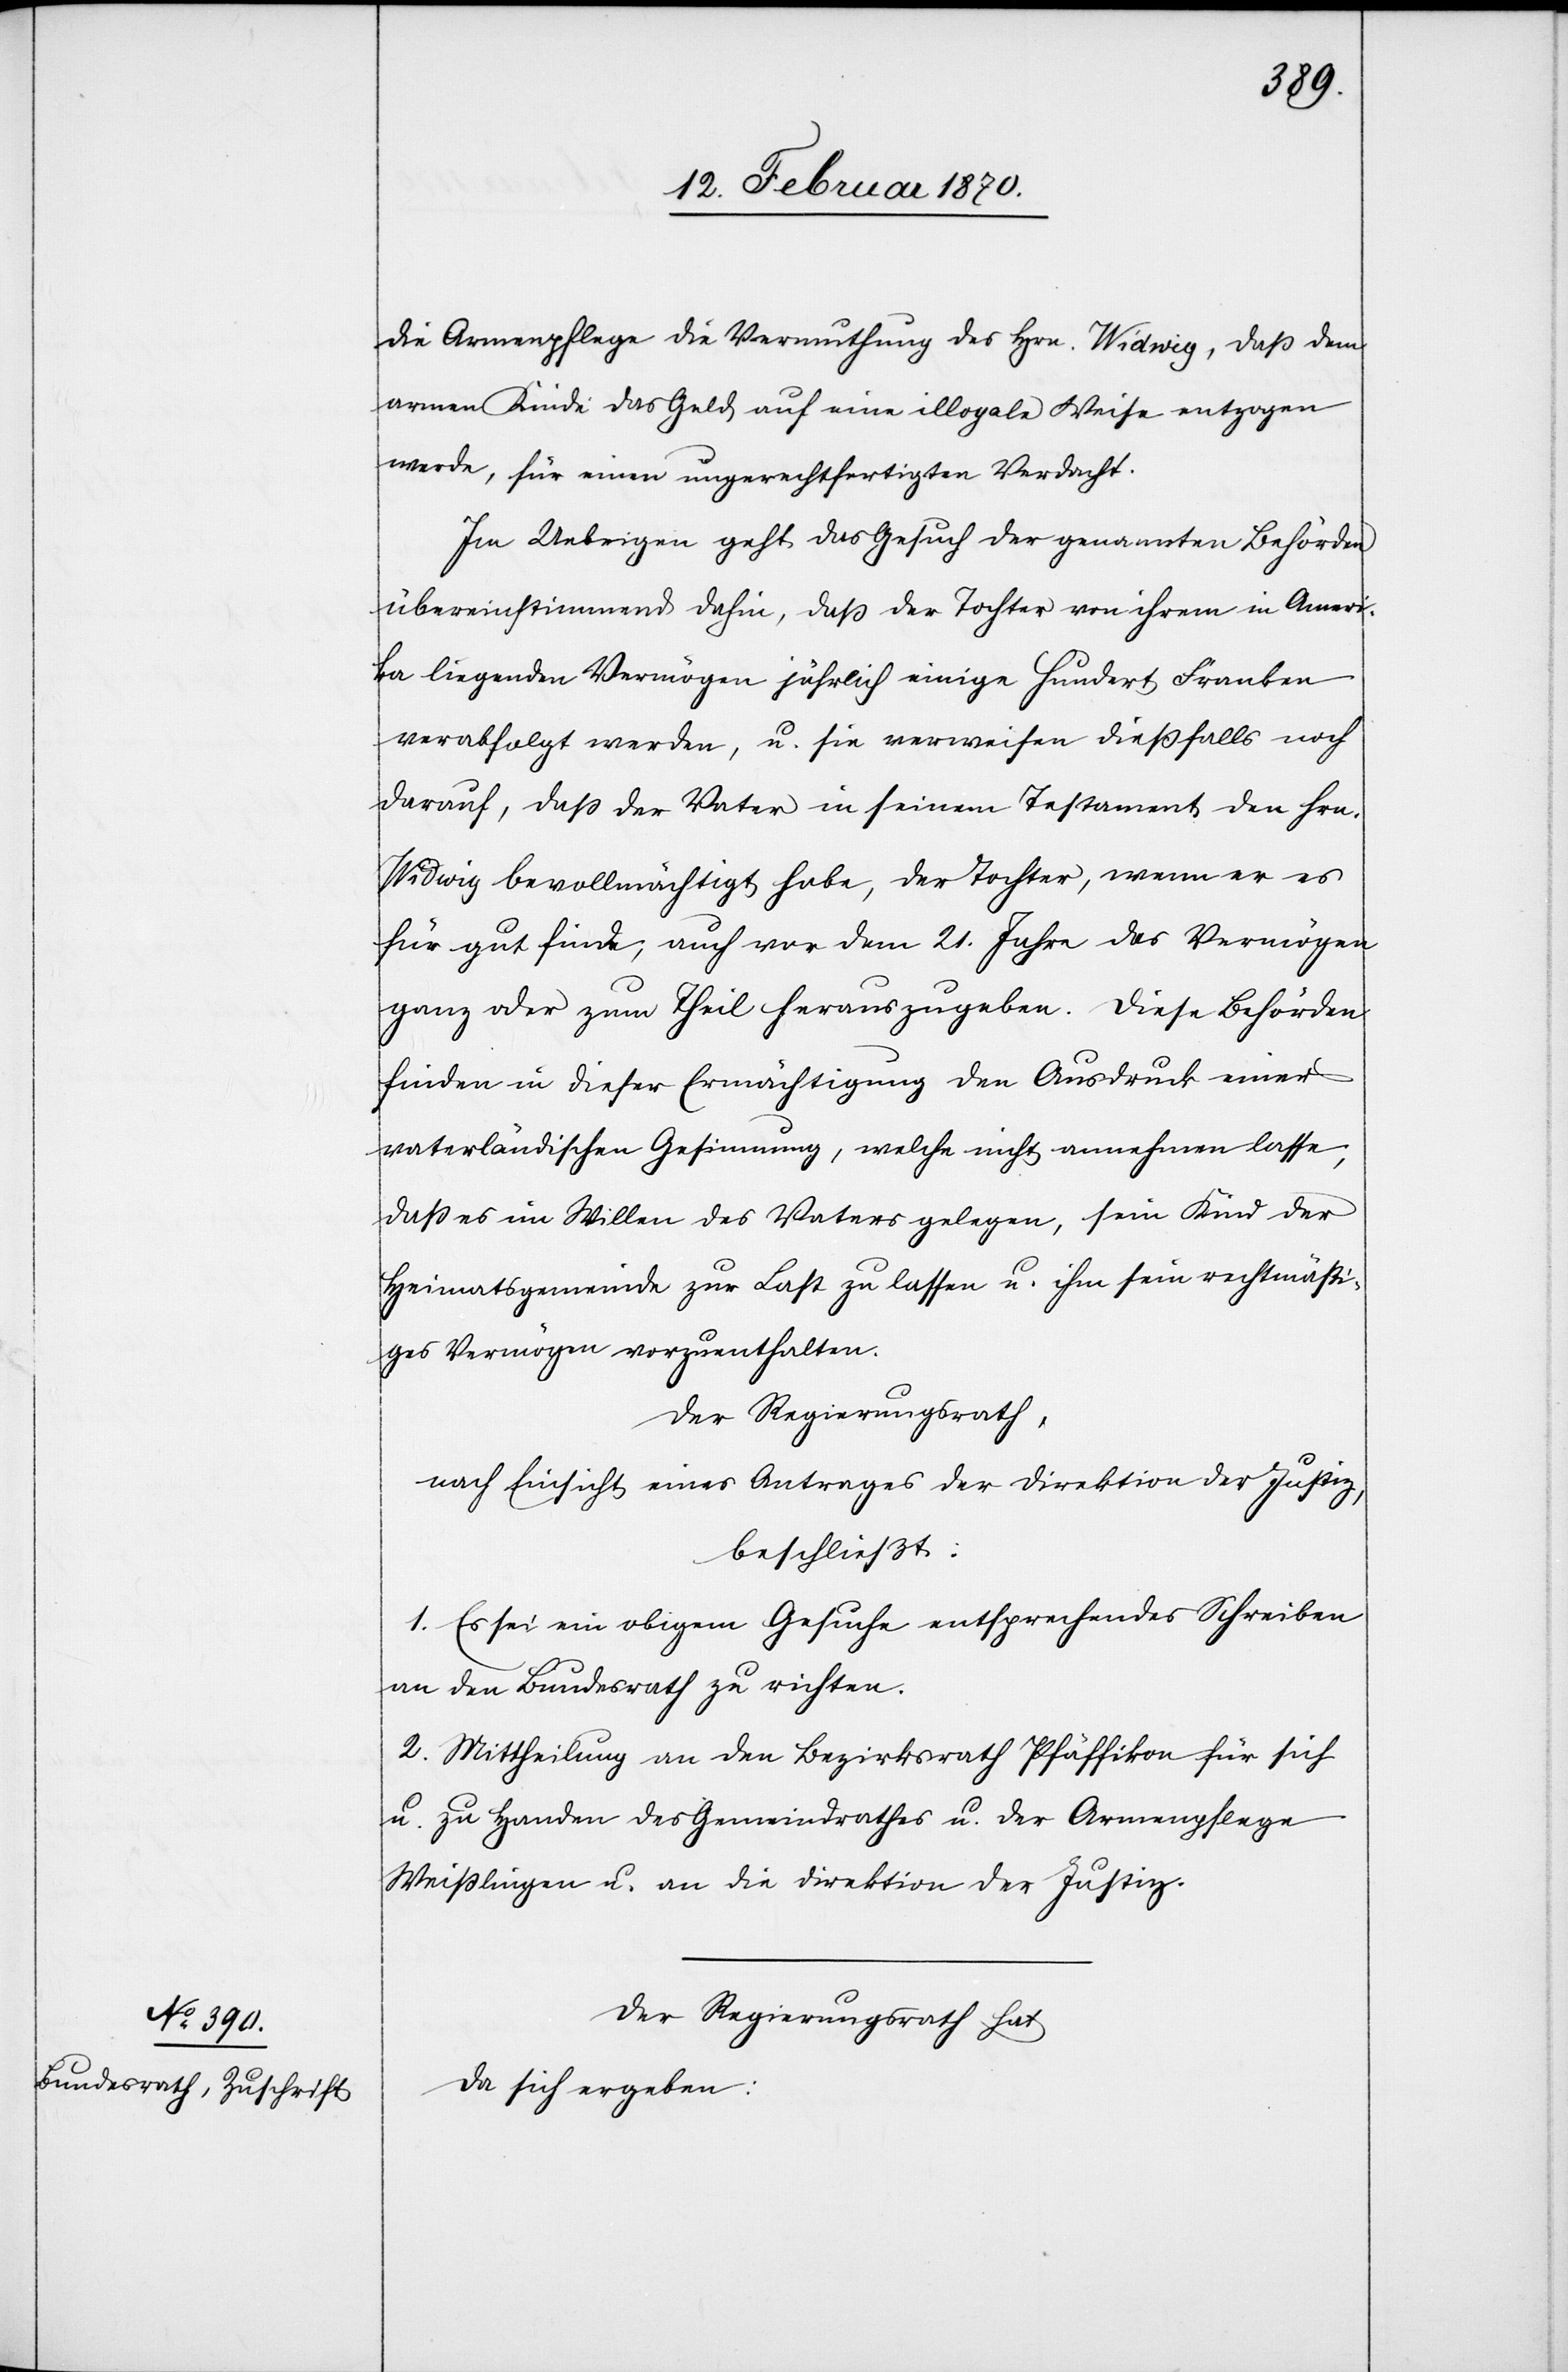
die Armenpflege die Vermuthung des Hrn. Widwig [sic!], daß dem
armen Kinde das Geld auf eine illoyale Weise entzogen
werde, für einen ungerechtfertigten Verdacht.
Im Uebrigen geht das Gesuch der genannten Behörden
übereinstimmend dahin, daß der Tochter von ihrem in Ameri¬
ka liegenden Vermögen jährlich einige hundert Franken
verabfolgt werden, u. sie verweisen dießfalls noch
darauf, dass der Vater in seinem Testament den Hrn.
Widwig bevollmächtigt habe, der Tochter, wenn er es
für gut finde, auch vor dem 21. Jahre das Vermögen
ganz oder zum Theil herauszugeben. Diese Behörden
finden in dieser Ermächtigung den Ausdruck einer
vaterländischen Gesinnung, welche nicht annehmen lasse,
daß es im Willen des Vaters gelegen, sein Kind der
Heimatsgemeinde zur Last zu lassen u. ihm sein rechtmäßi¬
ges Vermögen vorzuenthalten.
Der Regierungsrath,
nach Einsicht eines Antrages der Direktion der Justiz,
beschließt:
1. Es sei ein obigem Gesuche entsprechendes Schreiben
an den Bundesrath zu richten.
2. Mittheilung an den Bezirksrath Pfäffikon für sich
u. zu Handen des Gemeindrathes u. der Armenpflege
Weisslingen u. an die Direktion der Justiz.
Der Regierungsrath hat
da sich ergeben: